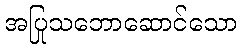
အပြုသဘောဆောင်သော